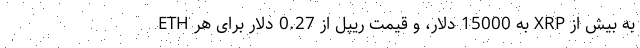
ETH به 15000 دلار، و قیمت ریپل از 0.27 دلار برای هر XRP به بیش از